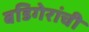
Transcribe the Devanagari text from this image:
बडिगेरांची